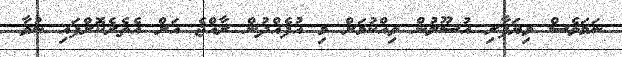
ނަމަވެސް ވިޔަފާރި އުސޫލުން ވިއްކުމަށް މި އުފެއްދުން ރާއްޖެ އަށް އެތެރެކޮށްފައި ނުވާ